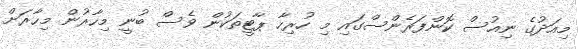
މިއަދުގެ ނިއުސް ކޮންފަރެންސްގައި މި ހުރިހާ ޕާޓީތަކުން ވެސް ބުނީ މިހާރުން މިހާރަށް